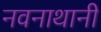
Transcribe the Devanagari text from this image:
नवनाथानी